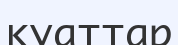
куаттар